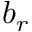
b _ { r }